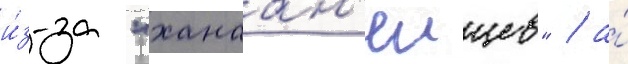
и́з-за "ханаан'еицев" / а́